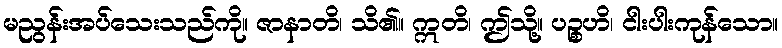
မညွန်းအပ်သေးသည်ကို။ ဇာနာတိ၊ သိ၏။ ဣတိ၊ ဤသို့။ ပဉ္စဟိ၊ ငါးပါးကုန်သော။